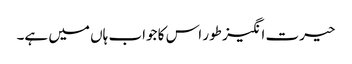
حیرت انگیز طور اس کا جواب ہاں میں ہے۔